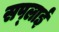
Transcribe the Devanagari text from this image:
सप्‍लाई